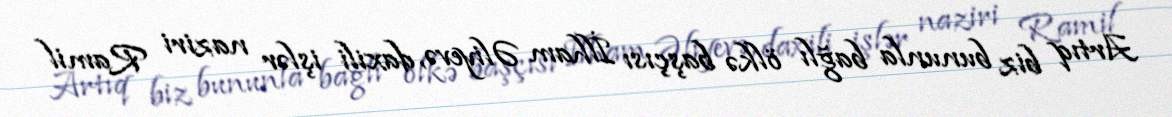
Artıq biz bununla bağlı ölkə başçısı İlham Əliyevə, daxili işlər naziri Ramil